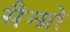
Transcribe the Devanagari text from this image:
सैन्ग्रो